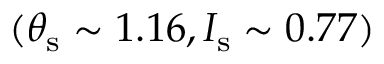
( \theta _ { \mathrm { s } } \sim 1 . 1 6 , I _ { \mathrm { s } } \sim 0 . 7 7 )